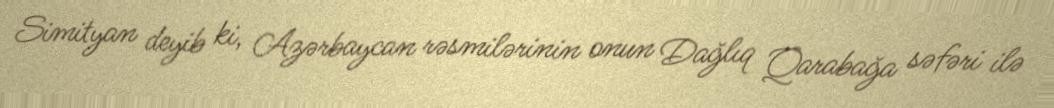
Simityan deyib ki, Azərbaycan rəsmilərinin onun Dağlıq Qarabağa səfəri ilə